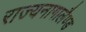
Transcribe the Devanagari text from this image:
राज्यनागालैण्ड